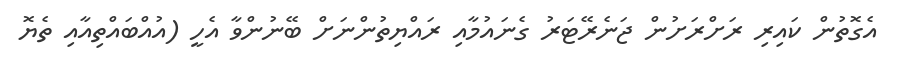
އެގޮތުން ކައިރި ރަށްރަށުން ޖަނެރޭޓަރު ގެނައުމާއި ރައްޔިތުންނަށް ބޭނުންވާ އެހީ (އުއްބައްތިއާއި ތެޔޮ